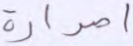
اصدارة